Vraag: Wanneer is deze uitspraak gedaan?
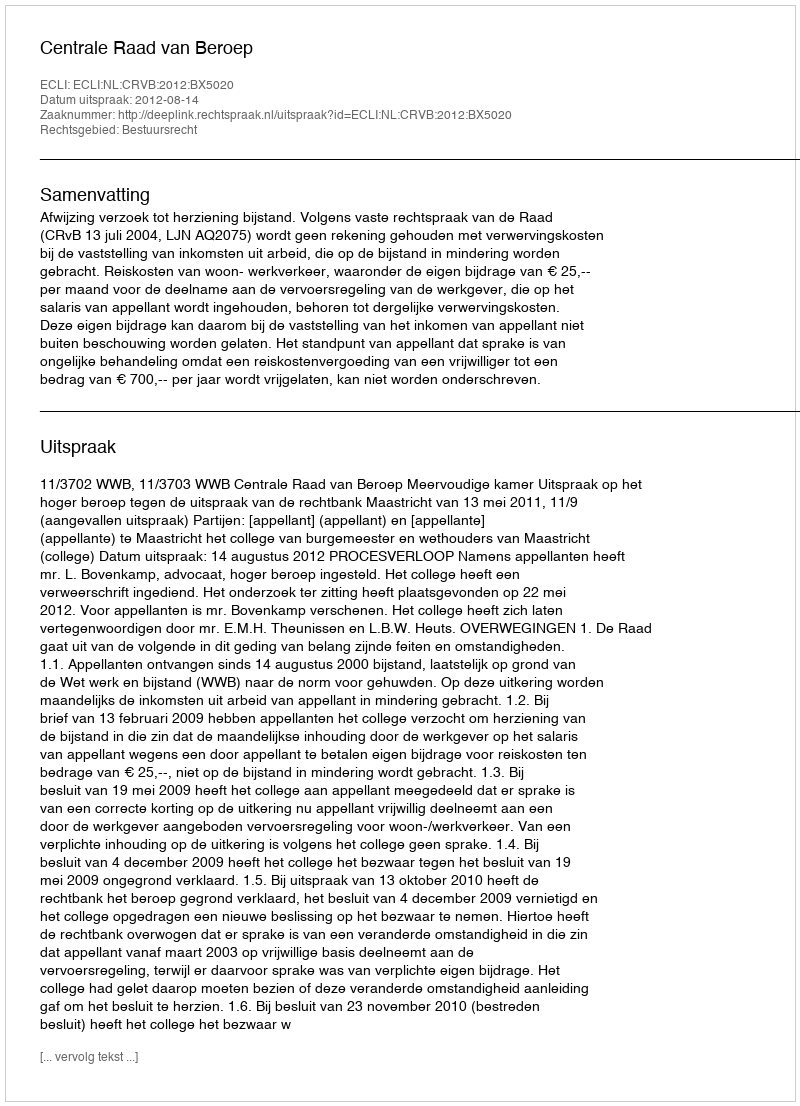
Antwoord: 2012-08-14